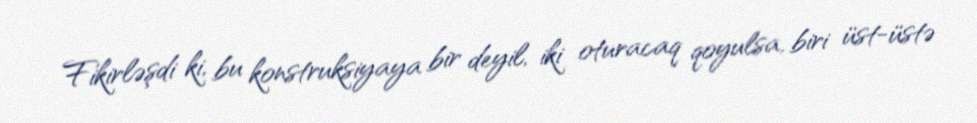
Fikirləşdi ki, bu konstruksiyaya bir deyil, iki oturacaq qoyulsa, biri üst-üstə